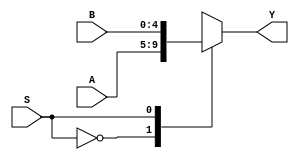
//---------------------Mux 2x1 8bits----------------------

//A -|0
//   |
//B- |1
// 

module mux_2x1_5bit (Y, S, A, B);
	
	//Inputs
	input wire [4:0] A, B;
	input wire S;

	//Outputs
	output reg [4:0] Y;

	//Test for selection bit
	always @ (S, A, B)

	case(S)
		1'b0:	Y=A;
		1'b1:	Y=B;
	endcase // S

endmodule // mux_2x1_5bit